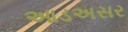
આડઅસર